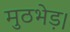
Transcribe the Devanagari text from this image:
मुठभेड़।